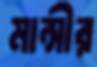
মান্সীর